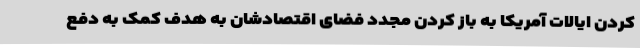
کردن ایالات آمریکا به باز کردن مجدد فضای اقتصادشان به هدف کمک به دفع